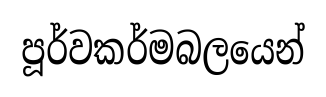
පූර්වකර්මබලයෙන්